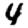
Digit: 4